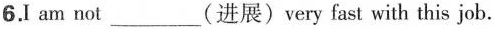
6.I am not ___（进展） very fast with this job.